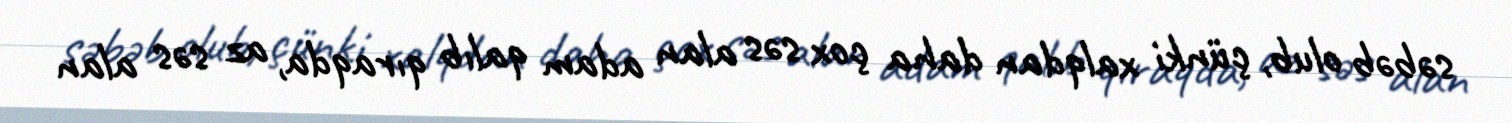
səbəb olub, çünki xalqdan daha çox səs alan adam qalıb qıraqda, az səs alan